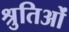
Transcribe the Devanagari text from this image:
श्रुतिओं